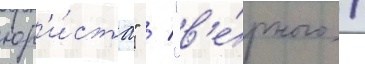
юр'и́ста" / "в'е́рного /